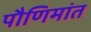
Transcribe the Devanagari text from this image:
पौणिमांत